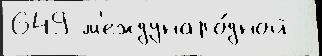
649 м'еждунаро́дной